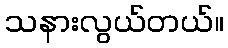
သနားလွယ်တယ်။